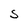
Character: S